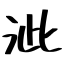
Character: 泚